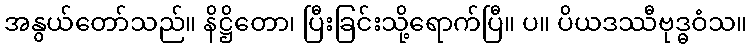
အနွယ်တော်သည်။ နိဋ္ဌိတော၊ ပြီးခြင်းသို့ရောက်ပြီ။ ပ။ ပိယဒဿီဗုဒ္ဓဝံသ။